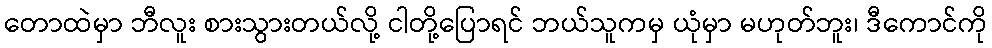
တောထဲမှာ ဘီလူး စားသွားတယ်လို့ ငါတို့ပြောရင် ဘယ်သူကမှ ယုံမှာ မဟုတ်ဘူး၊ ဒီကောင်ကို